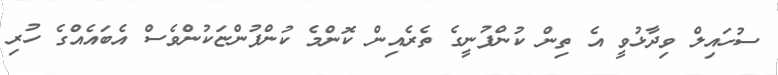
ސުހައިލް ވިދާޅުވީ އެ ތިން ކުންފުނީގެ ތެރެއިން ކޮންމެ ކުންފުންޏަކުންވެސް އެބައެއްގެ ހުރި